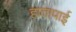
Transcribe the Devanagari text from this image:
हातापाई